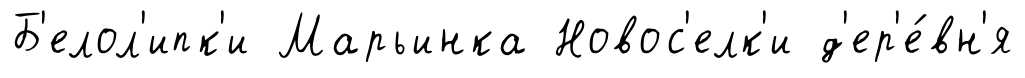
Б'елол'ипк'и Марьинка Новос'елк'и д'ер'е́вн'я